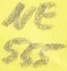
Text: NE555